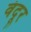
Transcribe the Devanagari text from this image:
वंदूर